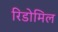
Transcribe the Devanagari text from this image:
रिडोमिल